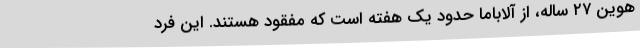
هوین ۲۷ ساله، از آلاباما حدود یک هفته است که مفقود هستند. این فرد